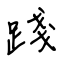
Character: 踐